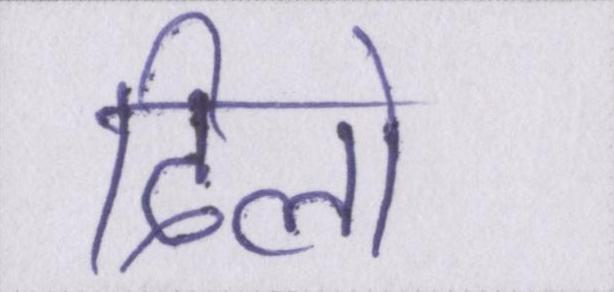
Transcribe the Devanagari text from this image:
दिलो